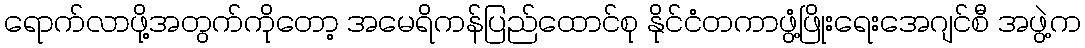
ရောက်လာဖို့အတွက်ကိုတော့ အမေရိကန်ပြည်ထောင်စု နိုင်ငံတကာဖွံ့ဖြိုးရေးအေဂျင်စီ အဖွဲ့က